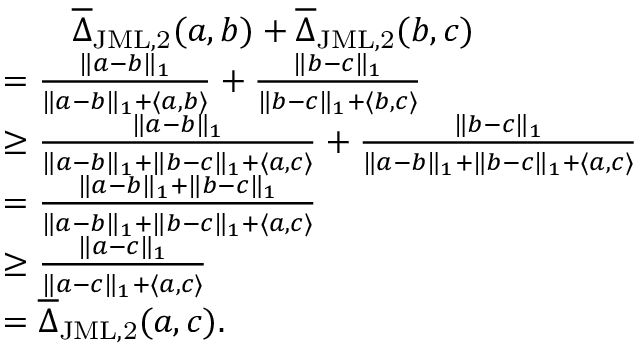
\begin{array} { r l } & { \qquad \overline { { \Delta } } _ { \mathrm { J M L , 2 } } ( a , b ) + \overline { { \Delta } } _ { \mathrm { J M L , 2 } } ( b , c ) } \\ & { = \frac { \| a - b \| _ { 1 } } { \| a - b \| _ { 1 } + \langle a , b \rangle } + \frac { \| b - c \| _ { 1 } } { \| b - c \| _ { 1 } + \langle b , c \rangle } } \\ & { \geq \frac { \| a - b \| _ { 1 } } { \| a - b \| _ { 1 } + \| b - c \| _ { 1 } + \langle a , c \rangle } + \frac { \| b - c \| _ { 1 } } { \| a - b \| _ { 1 } + \| b - c \| _ { 1 } + \langle a , c \rangle } } \\ & { = \frac { \| a - b \| _ { 1 } + \| b - c \| _ { 1 } } { \| a - b \| _ { 1 } + \| b - c \| _ { 1 } + \langle a , c \rangle } } \\ & { \geq \frac { \| a - c \| _ { 1 } } { \| a - c \| _ { 1 } + \langle a , c \rangle } } \\ & { = \overline { { \Delta } } _ { \mathrm { J M L , 2 } } ( a , c ) . } \end{array}